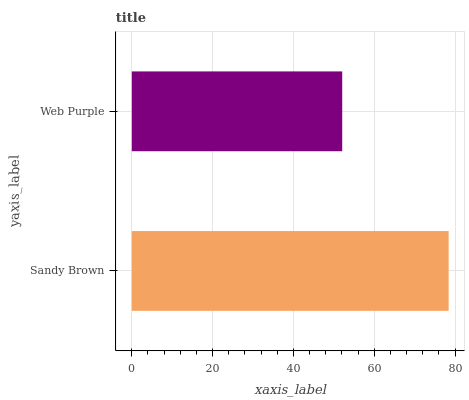
| yaxis_label | bars |
 | --- | --- |
 | Sandy Brown | 78.4 |
 | Web Purple | 52.1 |